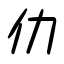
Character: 仂